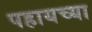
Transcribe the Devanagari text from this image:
पहायच्या